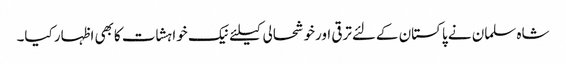
شاہ سلمان نے پاکستان کےلئےترقی اورخوشحالی کیلئےنیک خواہشات کابھی اظہار کیا۔